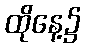
ထိုနေ့၌